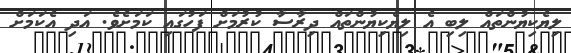
ލިޔެކިޔުންތައް ލިބި އެ ލިޔެކިޔުންތައް ދިރާސާ ކުރުމަށް ފަހުގައި ކަމަށެވެ. އަދި އެކަމަށް